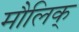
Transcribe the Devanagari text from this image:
मौलिक्